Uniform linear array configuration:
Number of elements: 12
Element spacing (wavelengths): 0.25
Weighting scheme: hann
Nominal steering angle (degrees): -60
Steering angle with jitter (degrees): -59.871
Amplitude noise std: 0.05
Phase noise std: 0.05

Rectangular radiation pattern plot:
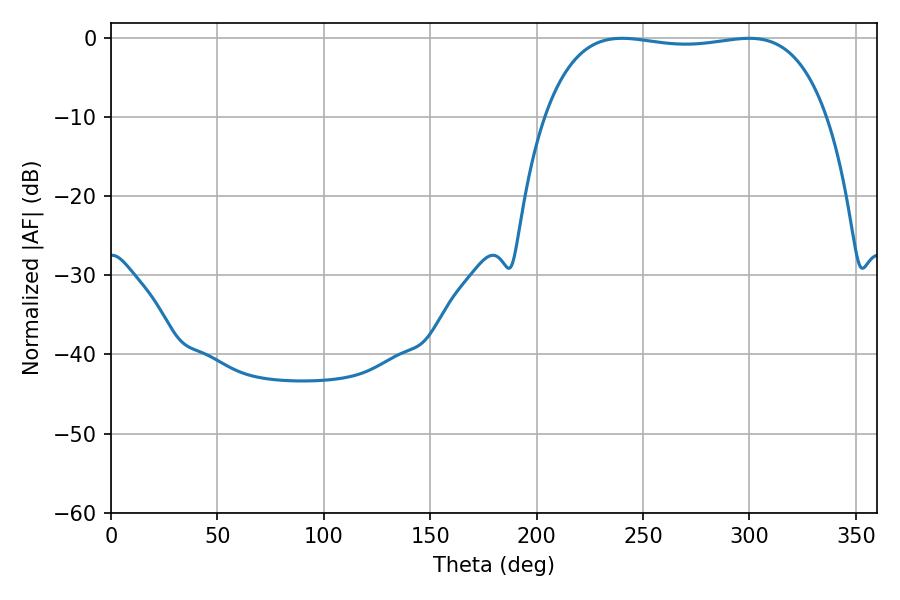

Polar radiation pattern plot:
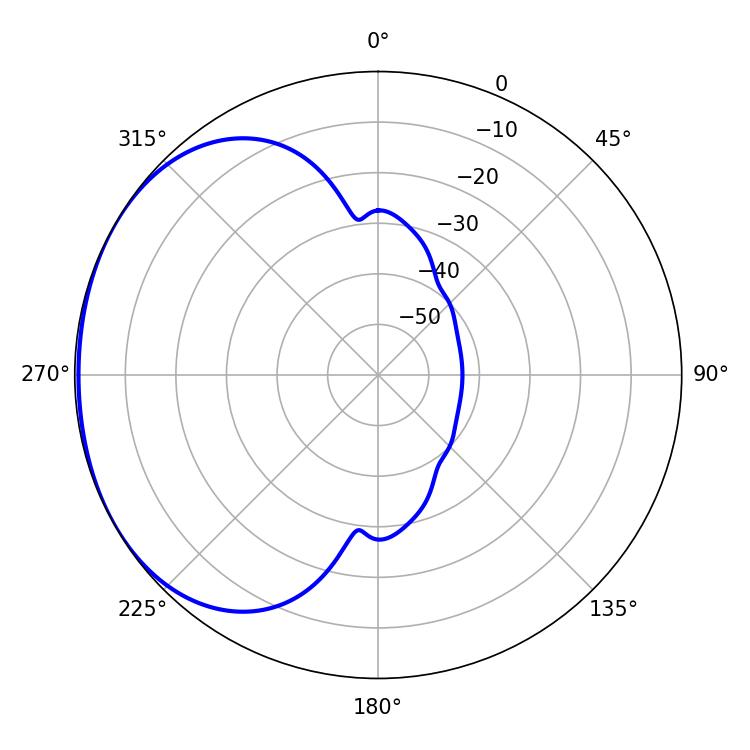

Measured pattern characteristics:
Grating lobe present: FALSE
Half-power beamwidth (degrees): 105.84
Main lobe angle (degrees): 240.12